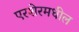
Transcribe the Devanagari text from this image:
एरशेरमधील